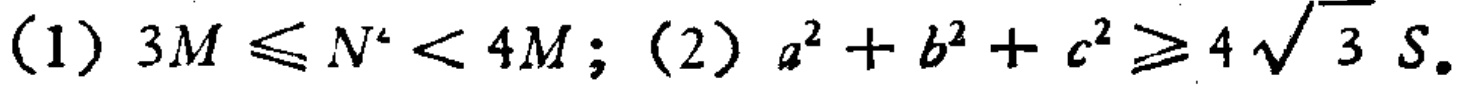
(1) \(3M\leqslant N^{2}<4M\); (2) \(a^{2}+b^{2}+c^{2}\geqslant 4\sqrt{3}S\).